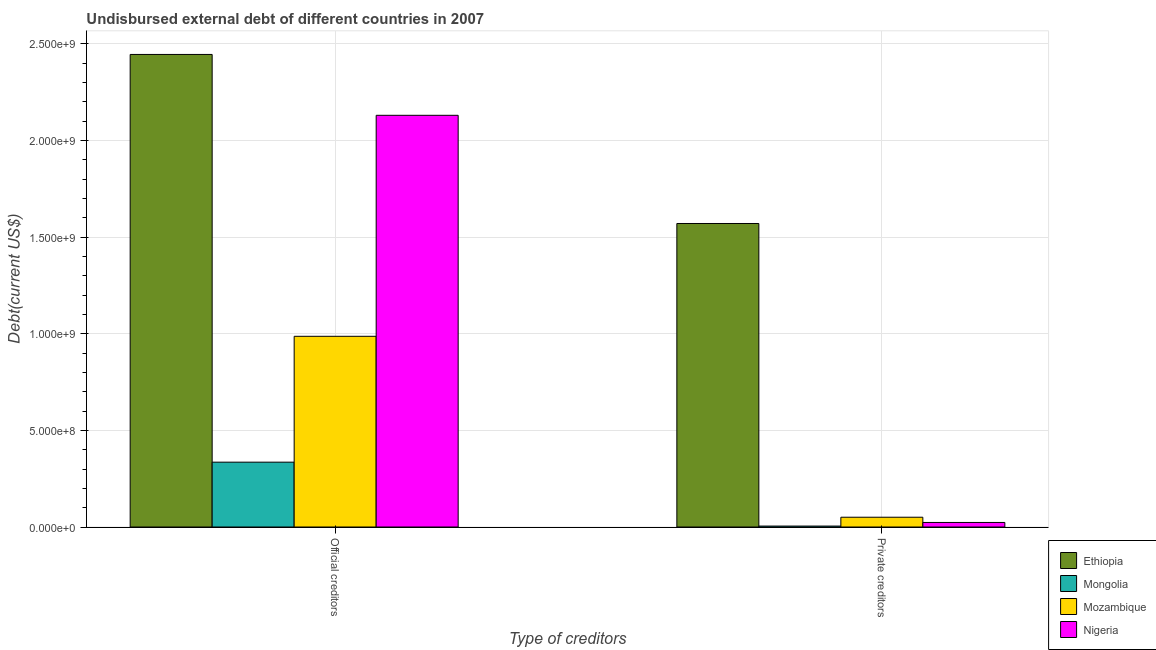
| Type of creditors | Ethiopia | Mongolia | Mozambique | Nigeria |
 | --- | --- | --- | --- | --- |
 | Official creditors | 2.45e+09 | 3.36e+08 | 9.87e+08 | 2.13e+09 |
 | Private creditors | 1.57e+09 | 4.9e+06 | 5.06e+07 | 2.36e+07 |